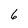
Character: 6